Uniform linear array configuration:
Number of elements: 32
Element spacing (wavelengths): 0.75
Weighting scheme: blackman
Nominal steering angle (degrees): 30
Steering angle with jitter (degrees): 29.266
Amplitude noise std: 0.05
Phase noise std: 0.05

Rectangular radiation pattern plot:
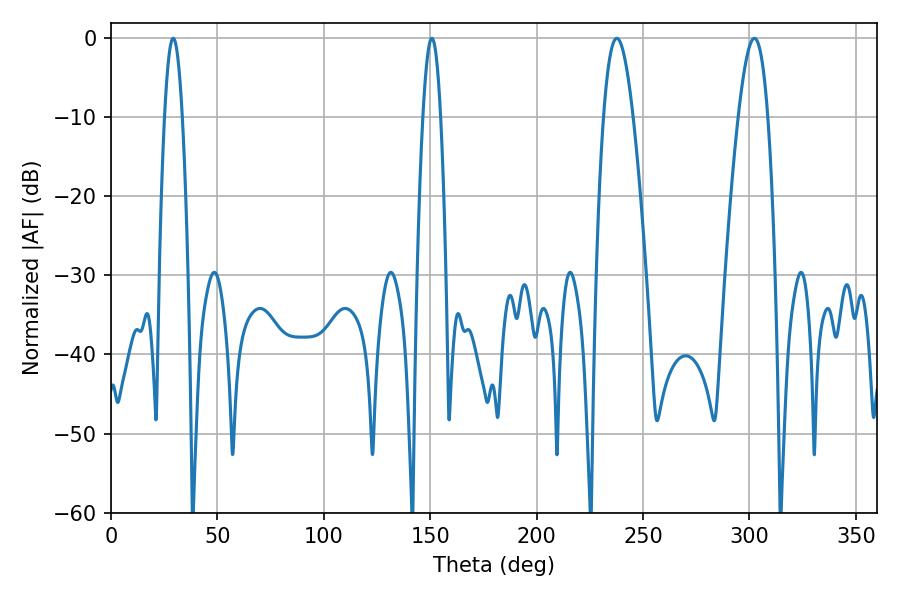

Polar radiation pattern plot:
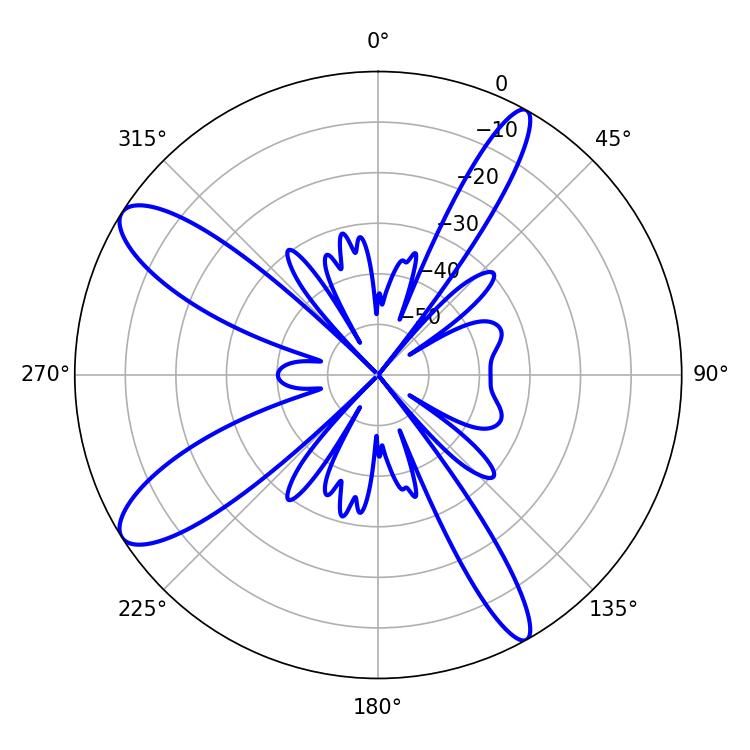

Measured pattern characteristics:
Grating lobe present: TRUE
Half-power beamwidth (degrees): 7.38
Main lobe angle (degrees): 237.6